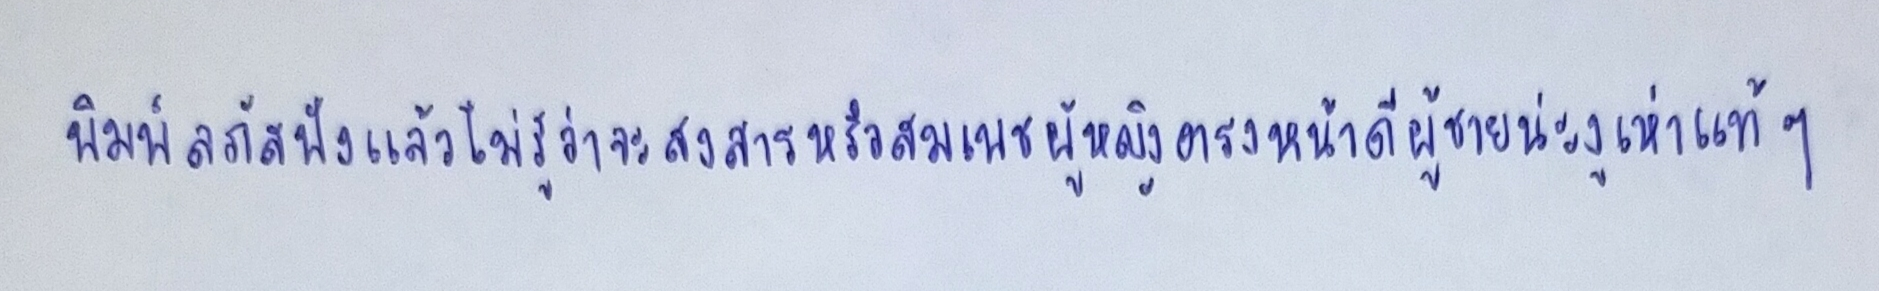
พิมพ์ลภัสฟังแล้วไม่รู้ว่าจะสงสารหรือสมเพชผู้หญิงตรงหน้าดีผู้ชายน่ะงูเห่าแท้ๆ